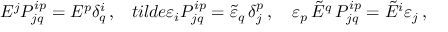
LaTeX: E ^ { j } { \cal P } _ { j q } ^ { i p } = E ^ { p } \delta _ { q } ^ { i } \, , \ \ \, t i l d e { \varepsilon } _ { i } { \cal P } _ { j q } ^ { i p } = \tilde { \varepsilon } _ { q } \, \delta _ { j } ^ { p } \, , \ \ \ \varepsilon _ { p } \, \tilde { E } ^ { q } \, { \cal P } _ { j q } ^ { i p } = \tilde { E } ^ { i } \varepsilon _ { j } \, ,